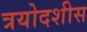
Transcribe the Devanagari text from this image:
त्रयोदशीस